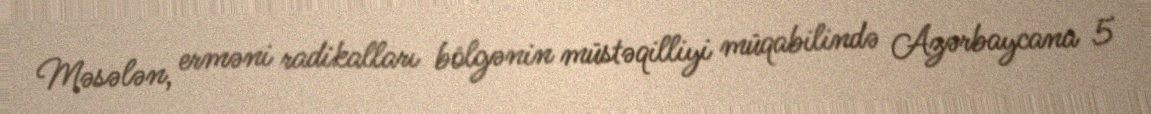
Məsələn, erməni radikalları bölgənin müstəqilliyi müqabilində Azərbaycana 5